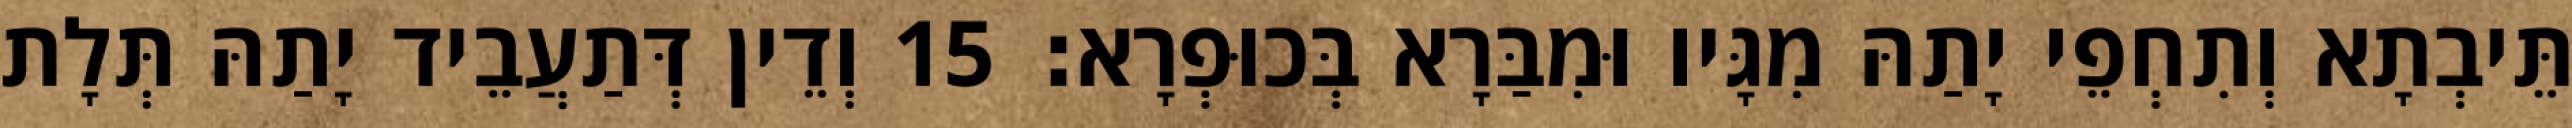
תֵּיבְתָא וְתִחְפֵי יָתַהּ מִגָּיו וּמִבַּרָא בְּכוּפְרָא׃ 15 וְדֵין דְּתַעֲבֵיד יָתַהּ תְּלָת